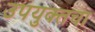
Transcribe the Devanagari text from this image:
उपयुक्तचा